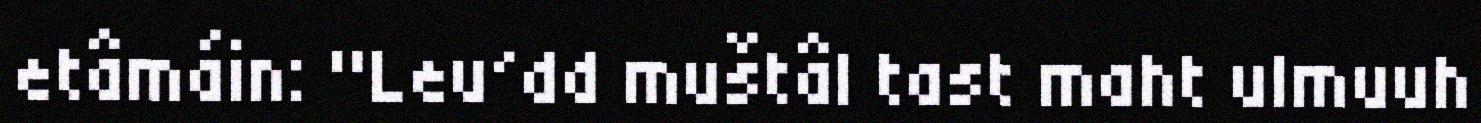
etâmáin: "Leu´dd muštâl tast maht ulmuuh